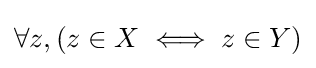
\forall z,(z\in X\iff z\in Y)